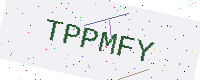
Text: TPPMFY